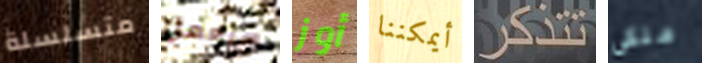
متسلسلة سيعمل أوز أيمكننا تتذكر ملكى